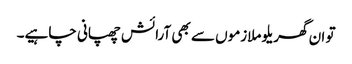
تو ان گھریلو ملازموں سے بھی آرائش چھپانی چاہیے۔